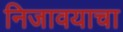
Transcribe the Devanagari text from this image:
निजावयाचा